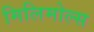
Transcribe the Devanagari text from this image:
मिलिमोल्स